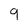
Character: 9